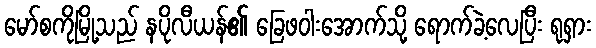
မော်စကိုမြို့သည် နပိုလီယန်၏ ခြေဖဝါးအောက်သို့ ရောက်ခဲ့လေပြီး ရုရှား